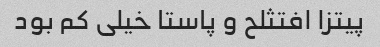
پیتزا افتثلح و پاستا خیلی کم بود